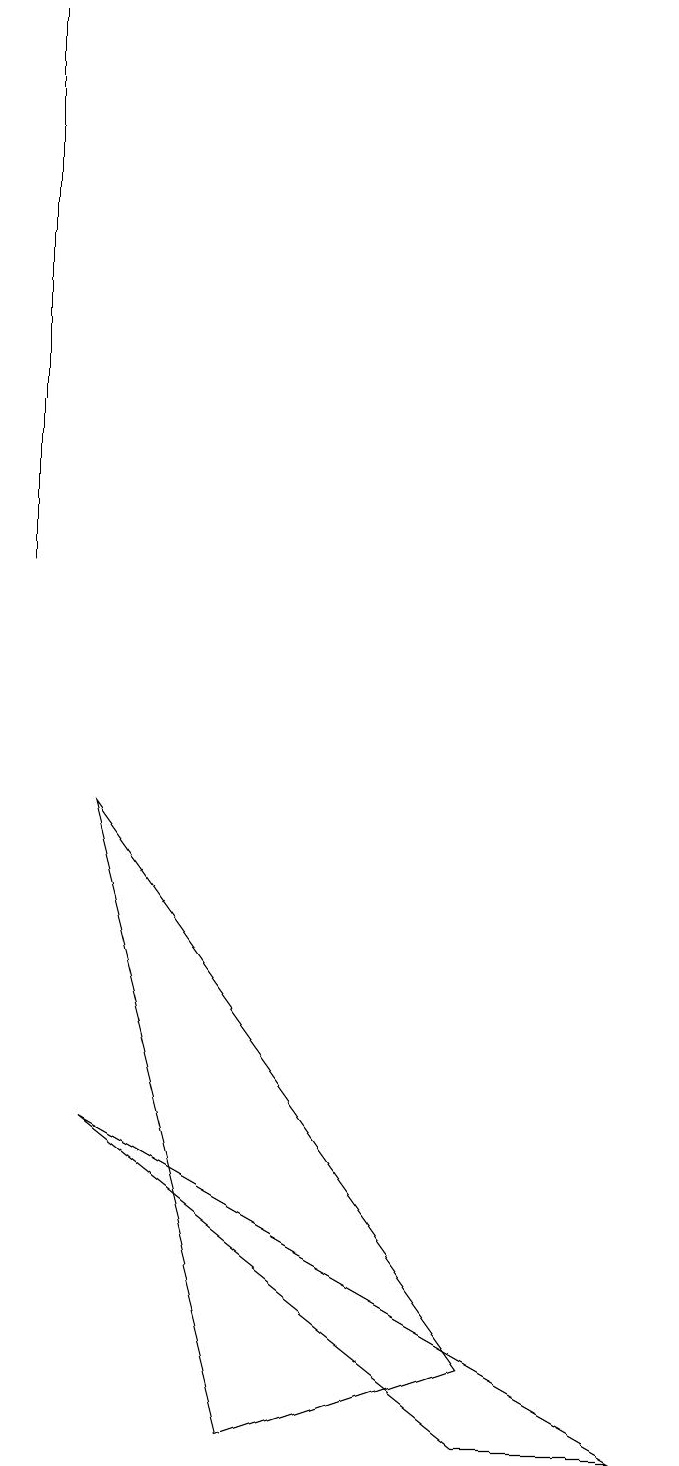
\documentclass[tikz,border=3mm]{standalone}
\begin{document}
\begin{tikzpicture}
\draw (1,19) rectangle (1,12);
\draw (9,1) -- (2,5) -- (7,1) -- cycle;
\draw (7,2) -- (2,9) -- (4,1) -- cycle;
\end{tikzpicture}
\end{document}